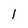
Character: 1